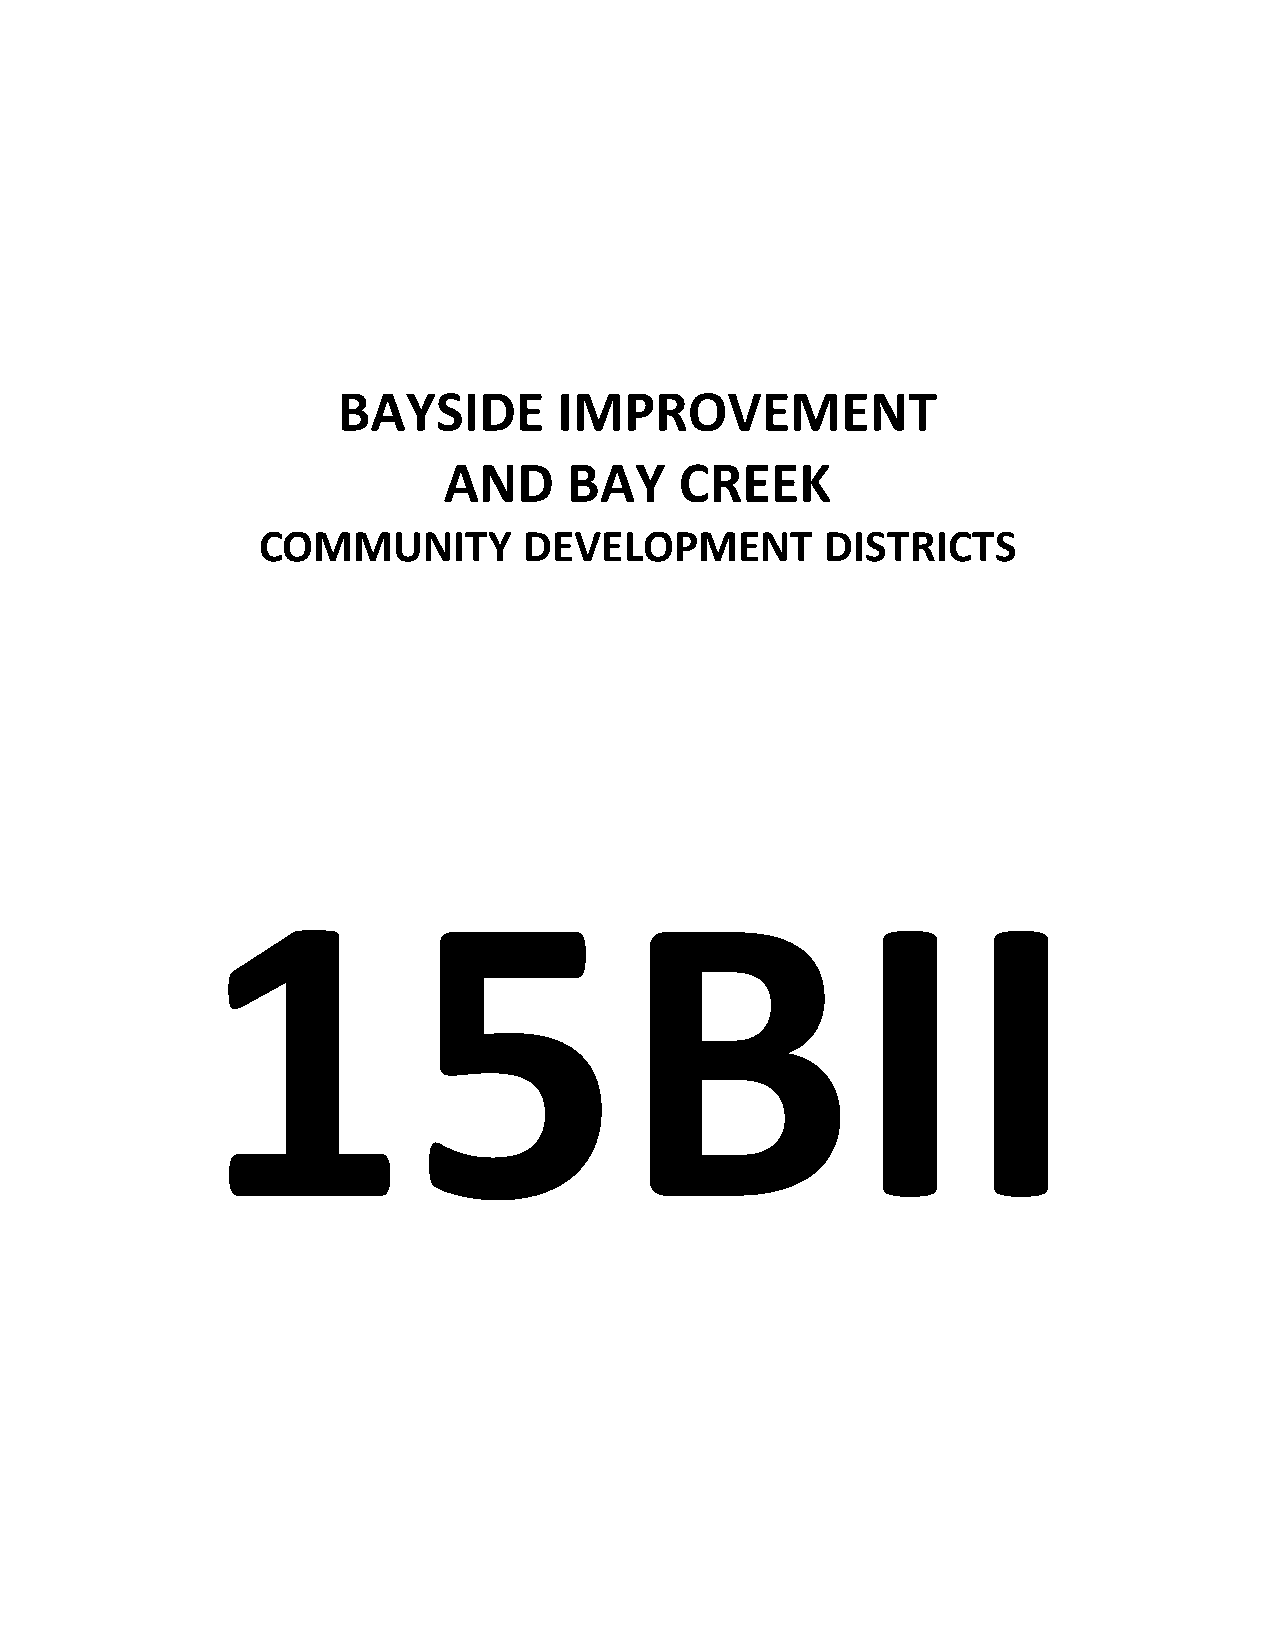
BAYSIDE        IMPROVEMENT
 AND      BAY    CREEK
 COMMUNITY         DEVELOPMENT         DISTRICTS
 15BII